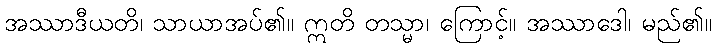
အဿာဒီယတိ၊ သာယာအပ်၏။ ဣတိ တသ္မာ၊ ကြောင့်။ အဿာဒေါ၊ မည်၏။